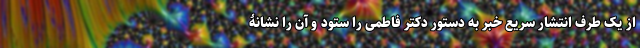
از یک طرف انتشار سریع خبر به دستور دکتر فاطمی را ستود و آن را نشانۀ